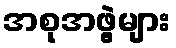
အစုအဖွဲ့များ